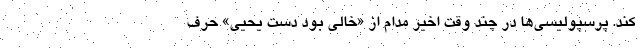
کند. پرسپولیسی‌ها در چند وقت اخیر مدام از «خالی بود دست یحیی» حرف